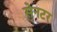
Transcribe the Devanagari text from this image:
सेनटर